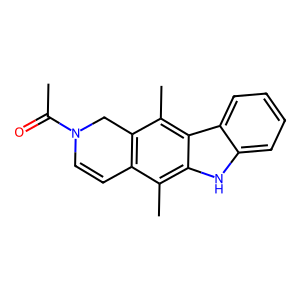
SMILES: CC(=O)N1C=Cc2c(c(C)c3c([nH]c4ccccc43)c2C)C1
Inhibits HIV replication: No